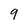
Character: 9